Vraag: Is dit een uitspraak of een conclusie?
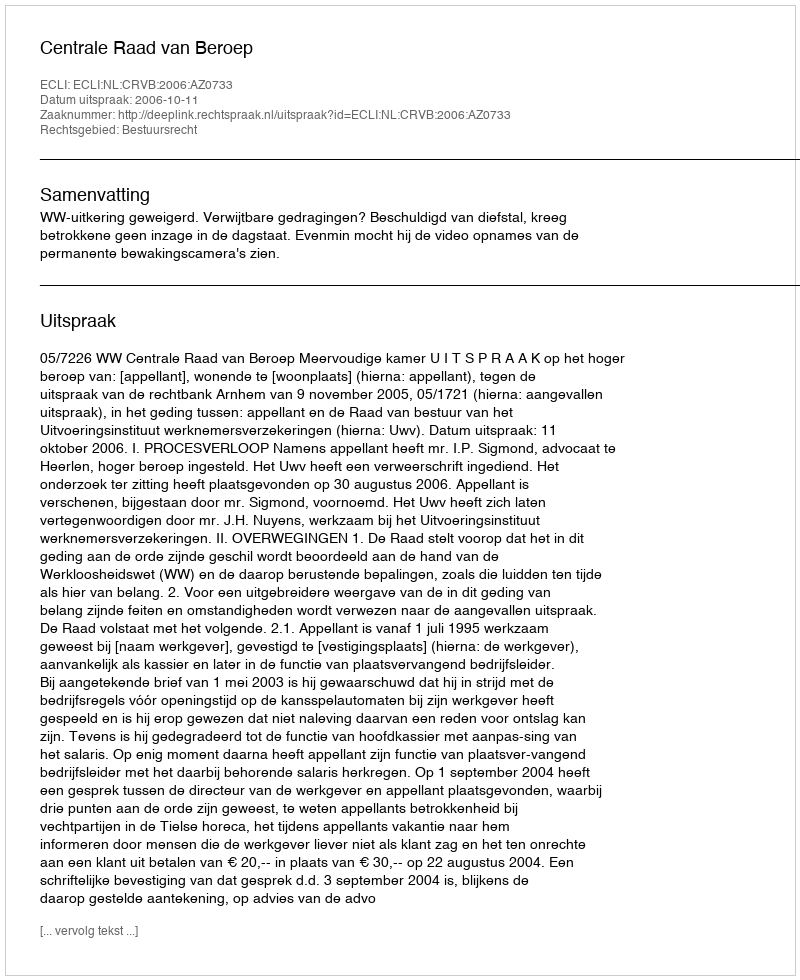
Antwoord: Uitspraak